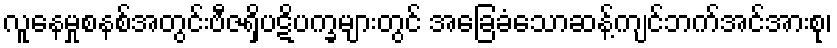
လူနေမှုစနစ်အတွင်းဗီဇရှိပဋိပက္ခများတွင် အခြေခံသောဆန့်ကျင်ဘက်အင်အားစု၊